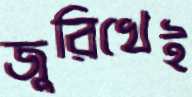
জুরিখেই